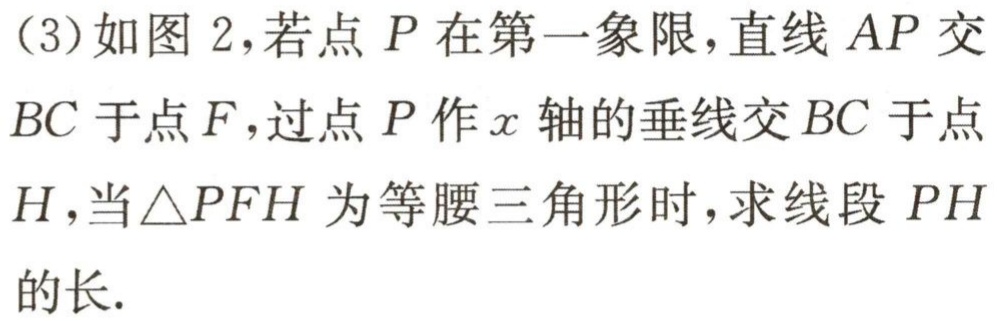
(3)如图 2，若点 \(P\) 在第一象限，直线 \(AP\) 交 \(BC\) 于点 \(F\)，过点 \(P\) 作 \(x\) 轴的垂线交 \(BC\) 于点 \(H\)，当\(\triangle PFH\) 为等腰三角形时，求线段 \(PH\) 的长.